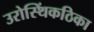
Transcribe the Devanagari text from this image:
उरोस्थिंकठिका